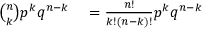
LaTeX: \begin{array} { r l } { { \binom { n } { k } } p ^ { k } q ^ { n - k } } & { { } = { \frac { n ! } { k ! ( n - k ) ! } } p ^ { k } q ^ { n - k } } \end{array}